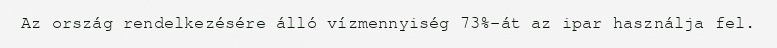
Az ország rendelkezésére álló vízmennyiség 73%-át az ipar használja fel.